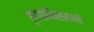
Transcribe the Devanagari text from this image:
हृदयाभिसरणचे